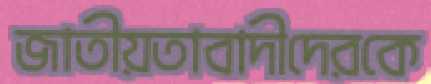
জাতীয়তাবাদীদেরকে